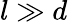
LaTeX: l\gg d